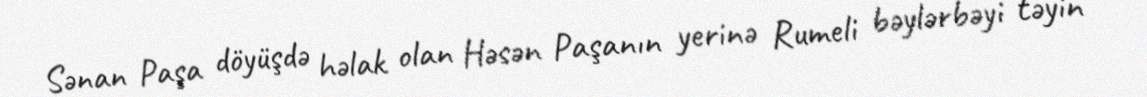
Sənan Paşa döyüşdə həlak olan Həsən Paşanın yerinə Rumeli bəylərbəyi təyin